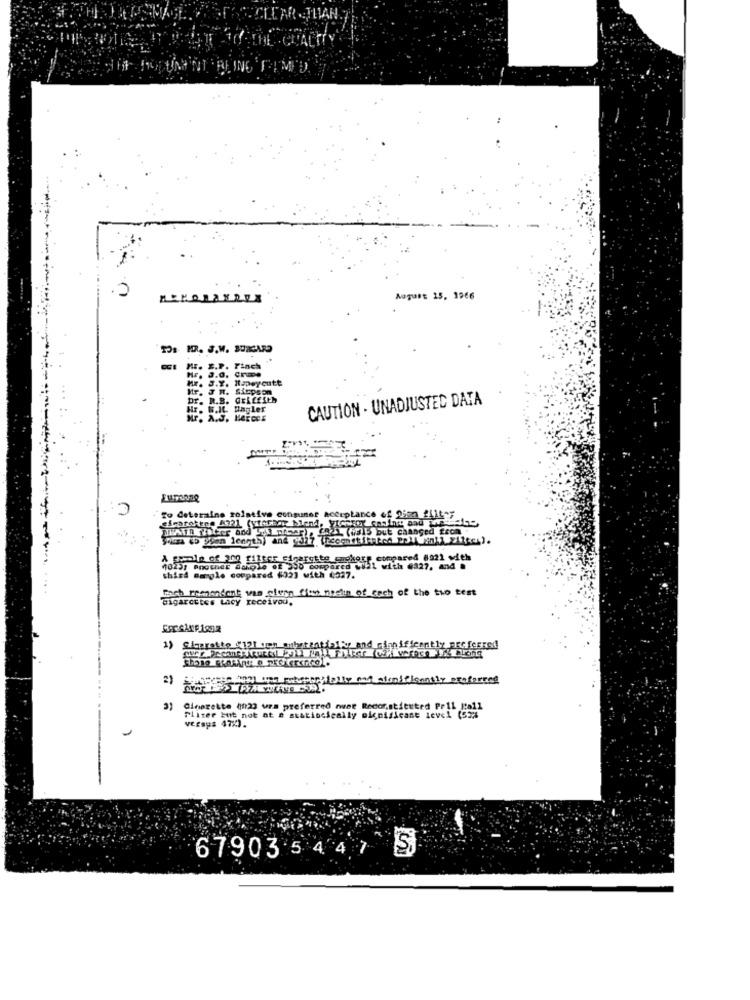
Nagust 15, 1966
Pa MR. J.W. BURGARD
Mr. E.P. Pinch
. J.0. Crane
Mr. J.Y. I.pwycute
Mr. JR. Siepson
Dr. R.B. Griffith
CAUTION . UNADJUSTED DATA
Hr. W.IL. Hayler
Mr. A.J. Herces
To deteralne relative coniguner acceptance of gio filter
Somza (o plan length) and pal7 (Esconstituted PUT Mini ziffer).
A paolo of ano filter cigarette pickers compared #221 with
10237 Brother darole of 350 compared will with 6327, and .
6327. and
third sangle compared $02] with 6327.
Fach reenandant wan pless fite neelin of each of the tuo test
they received.
1) Sigarette (12) con substantiplAr and
1) Siprotte
are Ana wet stupspitally mad stonificently ereferred
3) Cinerette (023 ura preferred nuer Recor.stitutrd Pr11 |tail
Fliser Huit not at a statischeally olcnisicane level (53%
versys 47%).
67903 5447